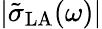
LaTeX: |\tilde{\sigma}_{\mathrm{LA}}(\omega)|